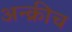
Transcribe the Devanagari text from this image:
अन्क्रीच